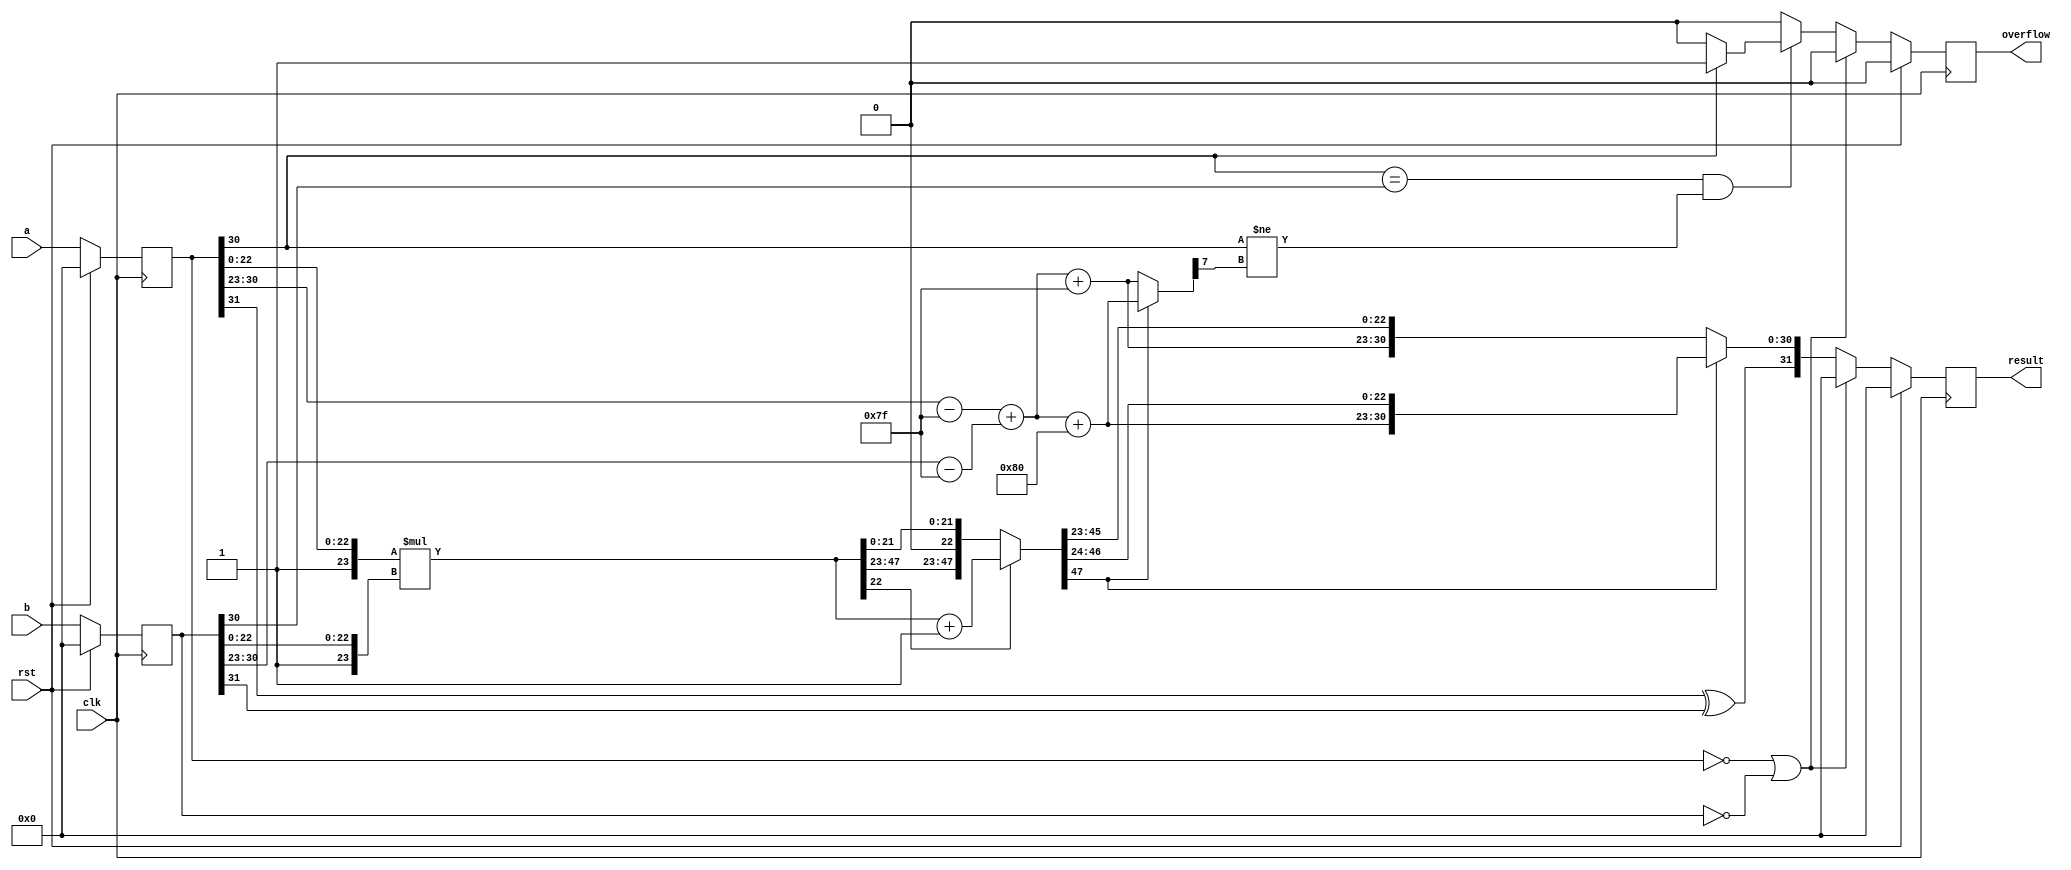

module floating_point_multiplier_sequential(
  input wire clk,
  input wire rst,
  input wire [31:0] a,
  input wire [31:0] b,
  output wire [31:0] result,
  output wire overflow
);

  reg [31:0] reg_a;
  reg [31:0] reg_b;
  reg [31:0] reg_result;
  reg reg_overflow;
  wire [31:0] result_out;
  wire overflow_out;


  always @(posedge clk) begin
    if (rst) begin
        reg_a <= 32'b0;
        reg_b <= 32'b0;
        reg_result <= 32'b0;
        reg_overflow <= 32'b0;
    end
    else begin
        reg_a <= a;
        reg_b <= b;
        reg_result <= result_out;
        reg_overflow <= overflow_out;
    end
  end

  assign result = reg_result;
  assign overflow = reg_overflow;



reg sign_a, sign_b, sign_result;
reg [7:0] exp_a, exp_b, exp_result;
reg [22:0] mantissa_a, mantissa_b, mantissa_result;
reg [7:0] temp_exp_a, temp_exp_b, temp_exp_result;
reg [23:0] temp_mantissa_a, temp_mantissa_b;
reg [47:0] temp_mantissa_result;
reg [31:0] temp_result;
reg temp_overflow;

always @(*) begin
    if (reg_a == 0 || reg_b == 0) begin
        temp_result = 0;
        temp_overflow = 0;
    end
    else begin
        {sign_a, exp_a, mantissa_a} = reg_a;
        {sign_b, exp_b, mantissa_b} = reg_b;
        temp_mantissa_a = {1'b1, mantissa_a};
        temp_mantissa_b = {1'b1, mantissa_b};
        temp_exp_a = exp_a - 127;
        temp_exp_b = exp_b - 127;
        sign_result = sign_a ^ sign_b;
        temp_exp_result = temp_exp_a + temp_exp_b;
        temp_mantissa_result = temp_mantissa_a * temp_mantissa_b;
        // rounding scheme
        if (temp_mantissa_result[22]) begin
            temp_mantissa_result = temp_mantissa_result + 1;
        end
        if (temp_mantissa_result[47]) begin
            mantissa_result = temp_mantissa_result[46:24];
            exp_result = temp_exp_result + 128;
            temp_result = {sign_result, exp_result, mantissa_result};
        end
        else begin
            mantissa_result = temp_mantissa_result[45:23];
            exp_result = temp_exp_result + 127;
            temp_result = {sign_result, exp_result, mantissa_result};
        end
        if (exp_a[7] == exp_b[7] && exp_a[7] != exp_result[7]) begin
            if (exp_a[7] == 0) begin
                temp_overflow = 0;
            end
            else begin
                temp_overflow = 1;
            end
        end
        else begin
            temp_overflow = 0;
        end
    end
end

assign overflow_out = temp_overflow;
assign result_out = temp_result;


endmodule